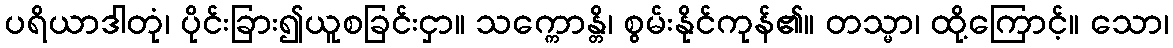
ပရိယာဒါတုံ၊ ပိုင်းခြား၍ယူစခြင်းငှာ။ သက္ကောန္တိ၊ စွမ်းနိုင်ကုန်၏။ တသ္မာ၊ ထို့ကြောင့်။ သော၊